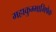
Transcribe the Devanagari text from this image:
महाकुम्भाभिषेक